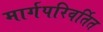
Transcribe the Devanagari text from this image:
मार्गपरिवर्तित